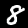
Digit: 8